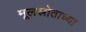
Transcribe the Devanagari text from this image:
मूलस्रोताच्या